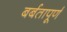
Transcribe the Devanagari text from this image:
बर्बतापूर्ण